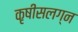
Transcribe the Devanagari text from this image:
कृषीसलग्न